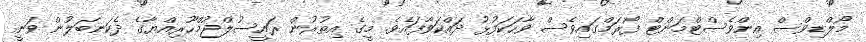
މޯލްޑިވްސް އިންވެސްޓްމަންޓް ފޯރަމްގައިވެސް ވާހަކަފުޅު ދައްކަވާފައެވެ. މީގެ އިތުރުން ރައީސުލްޖުމްހޫރިއްޔާގެ ދެކަނބަލުން ވަނީ